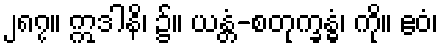
၂၈၇။ ဣဒါနိ၊ ၌။ ယန္တံ-စတုက္ခန္ဓံ၊ ကို။ ဧဝံ၊